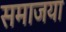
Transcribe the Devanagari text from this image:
समाजया